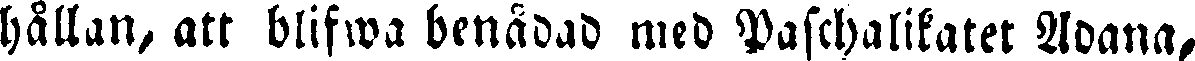
hållan, att blifwa benådad med Paschalikatet Adana,